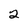
Character: 2